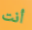
أنت